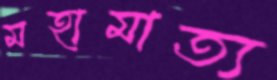
মহামাত্য